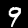
Digit: 9